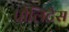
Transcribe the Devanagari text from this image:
पौलिटैस